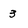
Character: 3